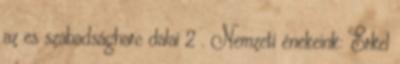
az es szabadságharc dalai 2 . Nemzeti énekeink: Erkel